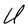
Character: U